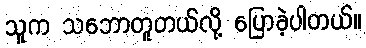
သူက သဘောတူတယ်လို့ ပြောခဲ့ပါတယ်။